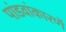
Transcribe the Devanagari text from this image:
पांडवांकारणें